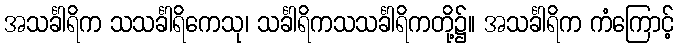
အသင်္ခါရိက သသင်္ခါရိကေသု၊ သင်္ခါရိကသသင်္ခါရိကတို့၌။ အသင်္ခါရိက ကံကြောင့်